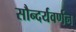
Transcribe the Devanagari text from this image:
सौन्दर्यवर्णन